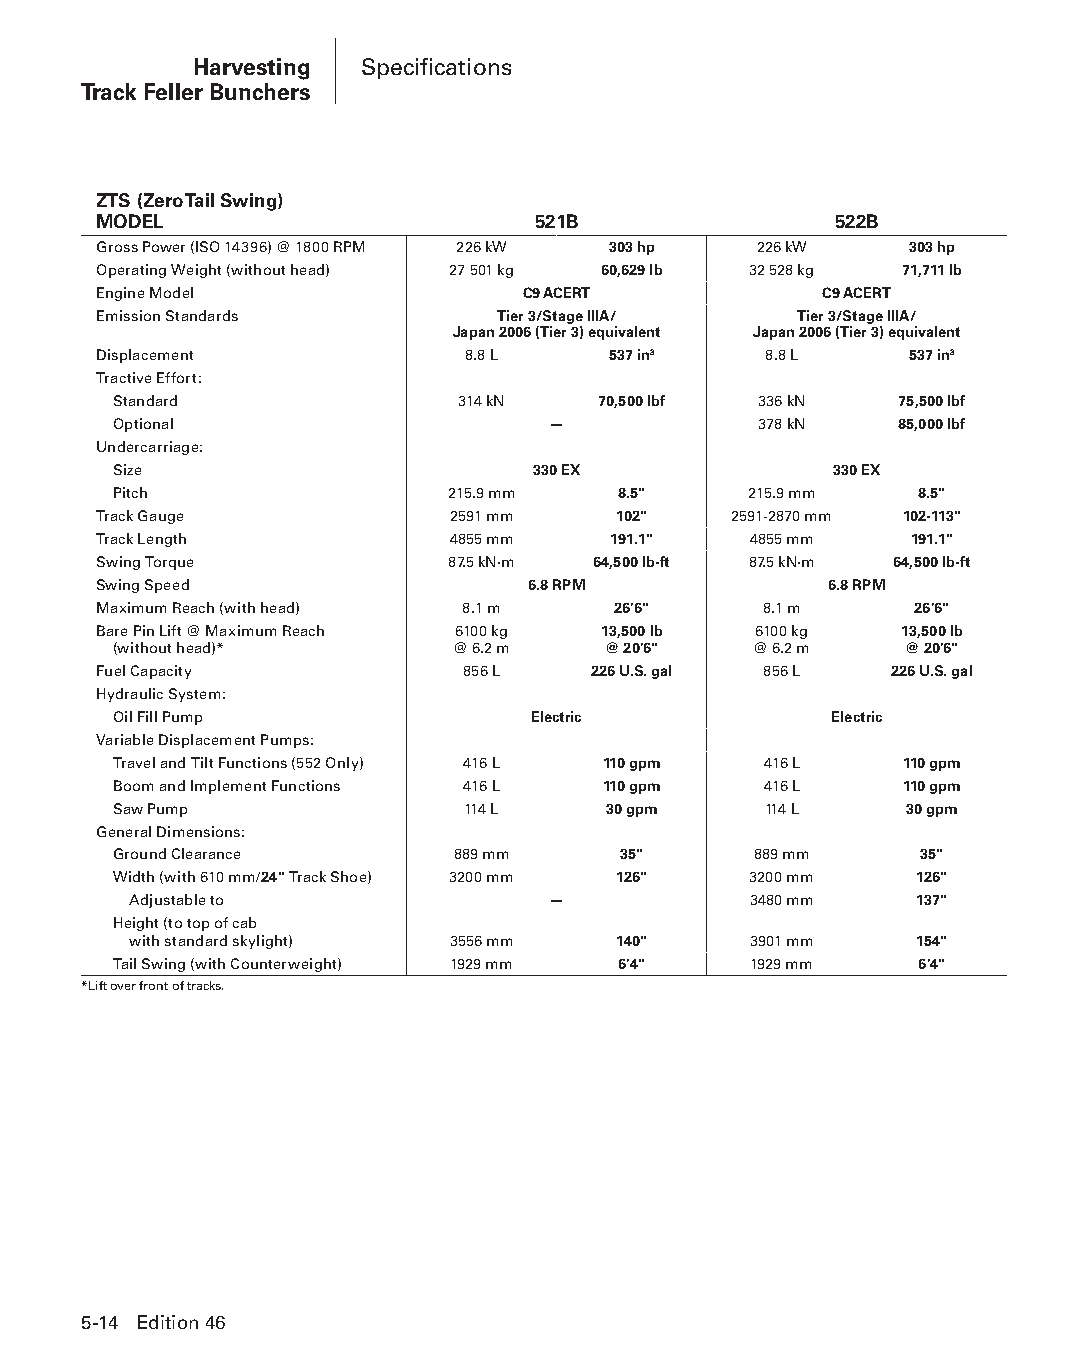
Harvesting Specifications
 Track Feller Bunchers
 ZTS (Zero Tail Swing)
 MODEL                        521B                522B
 Gross Power (ISO 14396) @ 1800 RPM 226 kW 303 hp 226 kW 303 hp
 Operating Weight (without head) 27 501 kg 60,629 lb 32 528 kg 71,711 lb
 Engine Model                C9 ACERT            C9 ACERT
 Emission Standards        Tier 3/Stage IIIA/  Tier 3/Stage IIIA/
 Japan 2006 (Tier 3) equivalent Japan 2006 (Tier 3) equivalent
 Displacement            8.8 L     537 in3   8.8 L     537 in3
 Tractive Effort:
 Standard               314 kN   70,500 lbf 336 kN   75,500 lbf
 Optional                     —             378 kN   85,000 lbf
 Undercarriage:
 Size                        330 EX             330 EX
 Pitch                 215.9 mm   8.5"     215.9 mm   8.5"
 Track Gauge            2591 mm    102"    2591-2870 mm 102-113"
 Track Length           4855 mm    191.1"   4855 mm    191.1"
 Swing Torque           87.5 kN·m 64,500 lb-ft 87.5 kN·m 64,500 lb-ft
 Swing Speed                 6.8 RPM             6.8 RPM
 Maximum Reach (with head) 8.1 m   26'6"     8.1 m     26'6"
 Bare Pin Lift @ Maximum Reach 6100 kg 13,500 lb 6100 kg 13,500 lb
 (without head)*       @ 6.2 m   @ 20'6"   @ 6.2 m   @ 20'6"
 Fuel Capacity           856 L   226 U.S. gal 856 L  226 U.S. gal
 Hydraulic System:
 Oil Fill Pump               Electric           Electric
 Variable Displacement Pumps:
 Travel and Tilt Functions (552 Only) 416 L 110 gpm 416 L 110 gpm
 Boom and Implement Functions 416 L 110 gpm 416 L    110 gpm
 Saw Pump               114 L    30 gpm     114 L    30 gpm
 General Dimensions:
 Ground Clearance      889 mm     35"      889 mm     35"
 Width (with 610 mm/24" Track Shoe) 3200 mm 126" 3200 mm 126"
 Adjustable to               —            3480 mm    137"
 Height (to top of cab
 with standard skylight) 3556 mm 140"     3901 mm    154"
 Tail Swing (with Counterweight) 1929 mm 6'4" 1929 mm 6'4"
 *Lift over front of tracks.
 5-14 Edition 46
 PPHHBB--SSeecc0055--1166..iinndddd 1144                        1122//44//1155 22::1188 PPMM